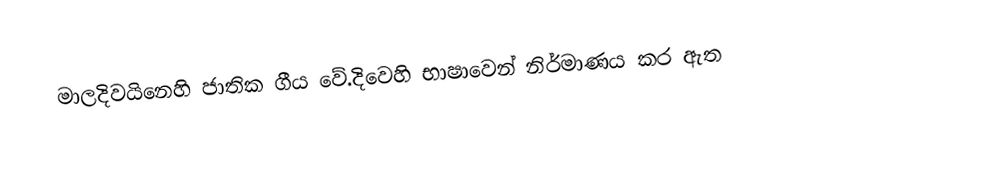
මාලදිවයිනෙහි ජාතික ගීය වේ.දිවෙහි භාෂාවෙන් නිර්මාණය කර ඇත